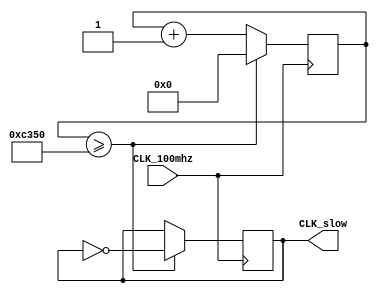
module CLK_slow(
    input CLK_100mhz,//100mhz
    
    output reg CLK_slow//
);

reg [31:0] count = 0;//
reg [31:0] N = 50000;//2^195ms

initial CLK_slow = 0;

always @ (posedge CLK_100mhz) begin
    if(count >= N) begin
        count <= 0;
        CLK_slow <= ~CLK_slow;
    end
    else
        count <= count + 1;

end

endmodule